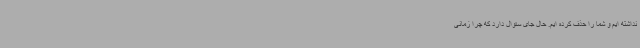
نداشته ایم و شما را حذف کرده ایم. حال جای سئوال دارد که چرا زمانی